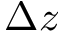
\Delta z